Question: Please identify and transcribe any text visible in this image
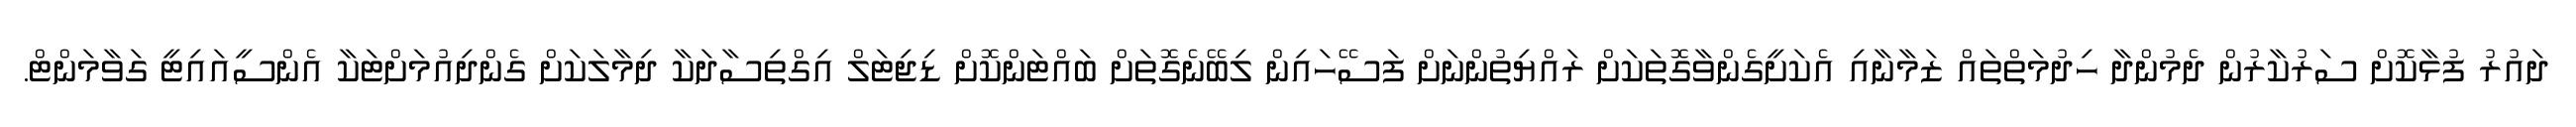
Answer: ދައުރު ފުޅާކޮށް ސަރުކާރުން ދެމުންދާ ހިދުމަތްތައް ޒަމާނާއި އެކަށީގެންވާގޮތަކަށް ރައްޔިތުންނަށް ފަސޭހައިން ލިބޭނެގޮތަށް ބައްޓަންކޮށް ޑިޖިޓަލް އިގްތިސާދަކާ ދިމާލަކަށް ގެންދިއުމަށްޓަކާ އެންސީއައިޓީ ގަވާމަންޓް.